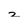
Character: 2